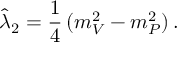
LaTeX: \hat { \lambda } _ { 2 } = { \frac { 1 } { 4 } } \, ( m _ { V } ^ { 2 } - m _ { P } ^ { 2 } ) \, .